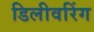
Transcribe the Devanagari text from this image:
डिलीवरिंग